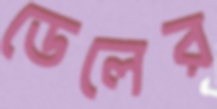
ডেলের